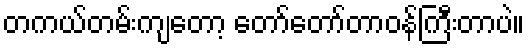
တကယ်တမ်းကျတော့ တော်တော်တာဝန်ကြီးတာပဲ။